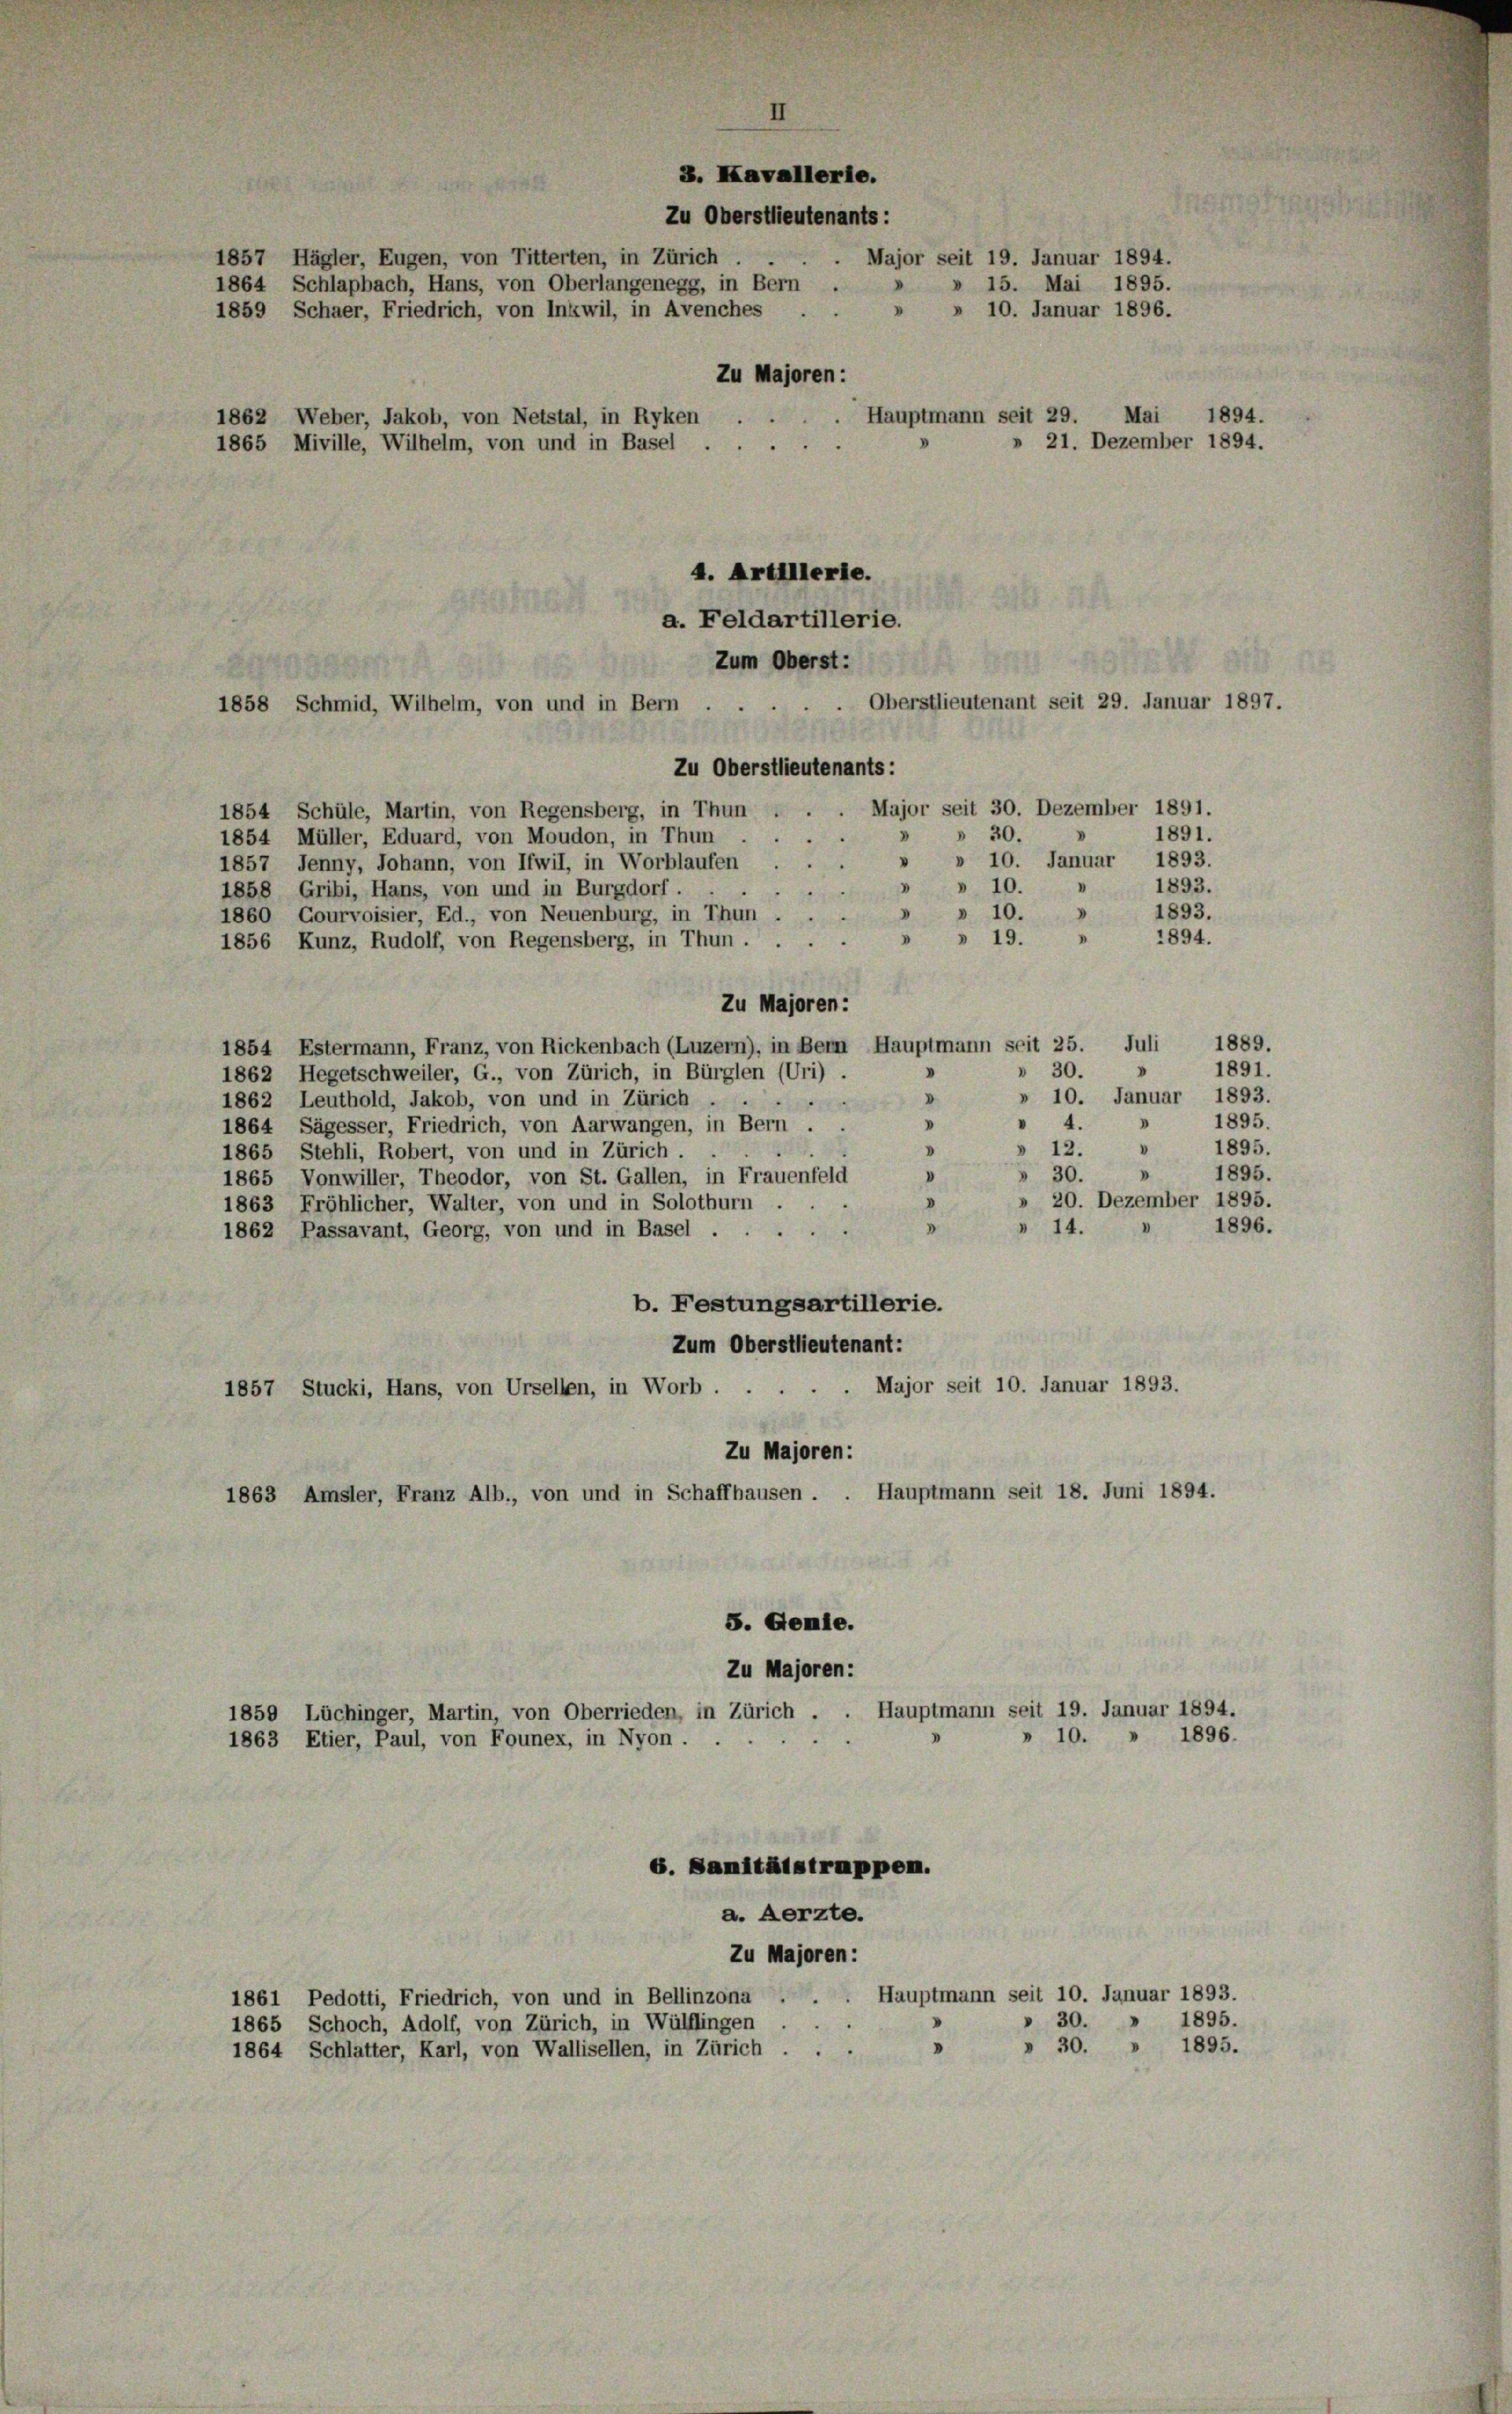
a. Feldartillerie.
Zum Oberst:
Oberstlieutenant seit 29. Januar 1897.
1858 Schmid, Wilhelm, von und in Bern . .
Zu Oberstlieutenants:
Major seit 30. Dezember 1891.
1854 Schüle, Martin, von Regensberg, in Thun
30.
1891.
1854 Müller, Eduard, von Moudon, in Thun
» 10. Januar 1893.
1857 Jenny, Johann, von Ifwil, in Worblaufen
1893.
» » 10.
1858 Gribi, Hans, von und in Burgdorf.
1893.
10.
1860, Courvoisier, Ed., von Neuenburg, in Thun,
1894.
» 19.
1856 Kunz, Rudolf, von Regensberg, in Thun ....
Zu Majoren:
1854 Estermann, Franz, von Rickenbach (Luzern), in Bern Hauptmann seit 25. Juli 1889.
1891.
.
 30.
1862 Hegetschweiler, G., von Zürich, in Bürglen (Uri).
» 10. Januar 1893.
I
1862 Leuthold, Jakob, von und in Zürich
1
1895.
" 4.
V
1864 Sägesser, Friedrich, von Aarwangen, in Bern . .
1895.
» 12.
1865 Stehli, Robert, von und in Zürich.
1895.
30.
1865 Vonwiller, Theodor, von St. Gallen, in Frauenfeld
20. Dezember 1895.
d
1863 Fröhlicher, Walter, von und in Solothurn
1896.
D
14.

1862 Passavant, Georg, von und in Basel.
V
b. Festungsartillerie.
Zum Oberstlieutenant:
Major seit 10. Januar 1893.
1857 Stucki, Hans, von Ursellen, in Worb . .
Zu Majoren:
1863 Amsler, Franz Alb., von und in Schaffhausen . . Hauptmann seit 18. Juni 1894.
5. Gemie.
Zu Majoren:
Hauptmann seit 19. Januar 1894.
1859 Lüchinger, Martin, von Oberrieden, in Zürich .
» 10. » 1896.
1863 Etier, Paul, von Founex, in Nyon.
G. Sanitätstruppem.
a. Aerzte.
Zu Majoren:
1861 Pedotti, Friedrich, von und in Bellinzona . . . Hauptmann seit 10. Januar 1893.
1895.
30.
1865 Schoch, Adolf, von Zürich, in Wülflingen
1864 Schlatter, Karl, von Wallisellen, in Zürich . . . » » 30. » 1895.

8. Kavallerie.
Zu Oberstlieutenants:
1857 Hägler, Eugen, von Titterten, in Zürich
Major seit 19. Januar 1894.
» 15. Mai 1895.
1864 Schlapbach, Hans, von Oberlangenegg, in Bern .
» 10. Januar 1896.
1859 Schaer, Friedrich, von Inkwil, in Avenches . .
Zu Majoren:
. Hauptmann seit 29. Mai 1894.
1862 Weber, Jakob, von Netstal, in Ryken

» 21. Dezember 1894.
1865 Miville, Wilhelm, von und in Basel

4. Artillerle.